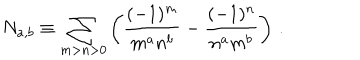
N _ { a , b } \equiv \sum _ { m > n > 0 } \left( \frac { ( - 1 ) ^ { m } } { m ^ { a } n ^ { b } } - \frac { ( - 1 ) ^ { n } } { n ^ { a } m ^ { b } } \right) \, .